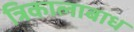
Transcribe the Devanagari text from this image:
त्रिकालाबाध